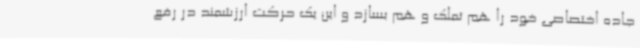
جاده اختصاصی خود را هم تملک و هم بسازد و این یک حرکت ارزشمند در رفع